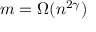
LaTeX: m = \Omega ( n ^ { 2 \gamma } )